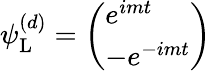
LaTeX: \psi_{\mathrm{{L}}}^{(d)}={\left(\begin{array}{l}{e^{imt}}\\ {-e^{-imt}}\end{array}\right)}